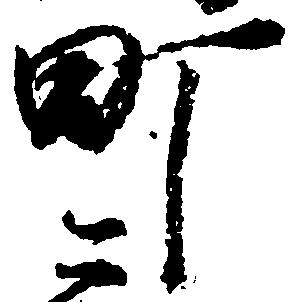
町